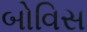
બોવિસ